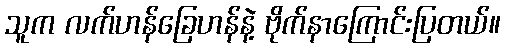
သူက လက်ဟန်ခြေဟန်နဲ့ ဗိုက်နာကြောင်းပြတယ်။